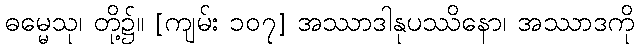
ဓမ္မေသု၊ တို့၌။ [ကျမ်း ၁၀၇] အဿာဒါနုပဿိနော၊ အဿာဒကို